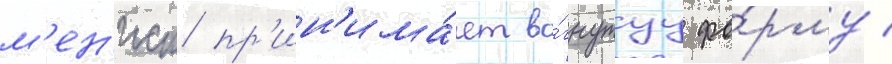
м'ен'иск пр'ин'има́ет во́гнутуу фо́рму